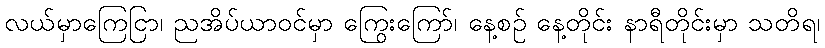
လယ်မှာကြေငြာ၊ ညအိပ်ယာဝင်မှာ ကြွေးကြော်၊ နေ့စဉ် နေ့တိုင်း နာရီတိုင်းမှာ သတိရ၊